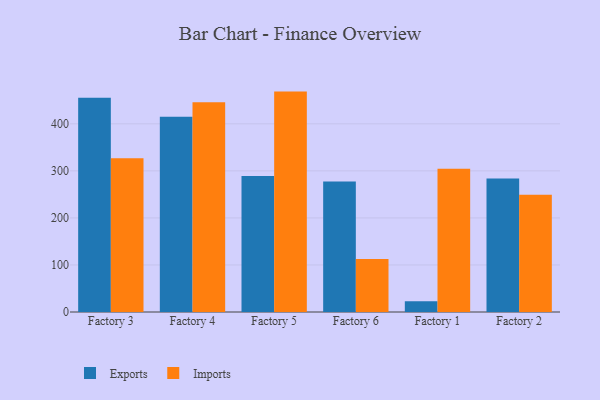
{"axis": {"x": "Factory", "y": "Headcount"}, "legend": ["Exports", "Imports"], "data": [{"x": "Factory 3", "y": 455.3, "type": "Exports"}, {"x": "Factory 3", "y": 326.6, "type": "Imports"}, {"x": "Factory 4", "y": 415.0, "type": "Exports"}, {"x": "Factory 4", "y": 445.7, "type": "Imports"}, {"x": "Factory 5", "y": 289.0, "type": "Exports"}, {"x": "Factory 5", "y": 468.5, "type": "Imports"}, {"x": "Factory 6", "y": 277.5, "type": "Exports"}, {"x": "Factory 6", "y": 112.4, "type": "Imports"}, {"x": "Factory 1", "y": 22.9, "type": "Exports"}, {"x": "Factory 1", "y": 304.5, "type": "Imports"}, {"x": "Factory 2", "y": 283.9, "type": "Exports"}, {"x": "Factory 2", "y": 249.5, "type": "Imports"}]}